Annual returns of the Patna Lunatic Asylum at Bankipore in Bihar and Orissa - 1912-1924
Year: 1912
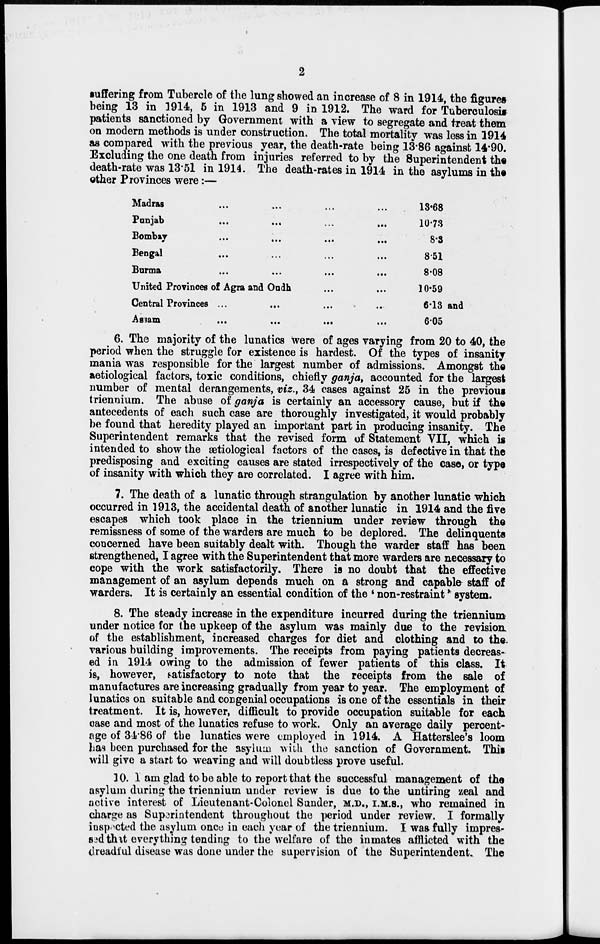
2
suffering from Tubercle of the lung showed an increase of 8 in 1914, the figures
being 13 in 1914, 5 in 1913 and 9 in 1912. The ward for Tuberculosis
patients sanctioned by Government with a view to segregate and treat them
on modern methods is under construction. The total mortality was less in 1914
as compared with the previous year, the death-rate being 13.86 against 14.90.
Excluding the one death from injuries referred to by the Superintendent the
death-rate was 13.51 in 1914. The death-rates in 1914 in the asylums in the
other Provinces were:—
Madras ... ... ... ...
Punjab
...
...
...
...
Bombay ... ... ... ...
Bengal ... ... ... ...
Burma
...
...
...
...
United Provinces of Agra and Oudh ... ... ...
Central Provinces ... ... ... ...
Assam
...
...
...
...
13.68
10.73
8.3
8.51
8.08
10.59
6.13 and
6.05
6. The majority of the lunatics were of ages varying from 20 to 40, the
period when the struggle for existence is hardest. Of the types of insanity
mania was responsible for the largest number of admissions. Amongst the
aetiological factors, toxic conditions, chiefly ganja, accounted for the largest
number of mental derangements, viz., 34 cases against 25 in the previous
triennium. The abuse of ganja is certainly an accessory cause, but if the
antecedents of each such case are thoroughly investigated, it would probably
be found that heredity played an important part in producing insanity. The
Superintendent remarks that the revised form of Statement VII, which is
intended to show the ætiological factors of the cases, is defective in that the
predisposing and exciting causes are stated irrespectively of the case, or type
of insanity with which they are correlated. I agree with him.
7. The death of a lunatic through strangulation by another lunatic which
occurred in 1913, the accidental death of another lunatic in 1914 and the five
escapes which took place in the triennium under review through the
remissness of some of the warders are much to be deplored. The delinquents
concerned have been suitably dealt with. Though the warder staff has been
strengthened, I agree with the Superintendent that more warders are necessary to
cope with the work satisfactorily. There is no doubt that the effective
management of an asylum depends much on a strong and capable staff of
warders. It is certainly an essential condition of the ' non-restraint system.
8. The steady increase in the expenditure incurred during the triennium
under notice for the upkeep of the asylum was mainly due to the revision
of the establishment, increased charges for diet and clothing and to the
various building improvements. The receipts from paying patients decreas-
ed in 1914 owing to the admission of fewer patients of this class. It
is, however, satisfactory to note that the receipts from the sale of
manufactures are increasing gradually from year to year. The employment of
lunatics on suitable and congenial occupations is one of the essentials in their
treatment. It is, however, difficult to provide occupation suitable for each
case and most of the lunatics refuse to work. Only an average daily percent-
age of 34.86 of the lunatics were employed in 1914. A Hatterslee's loom
has been purchased for the asylum with the sanction of Government. This
will give a start to weaving and will doubtless prove useful.
10. I am glad to be able to report that the successful management of the
asylum during the triennium under review is due to the untiring zeal and
active interest of Lieutenant-Colonel Sunder, M.D., I.M.S., who remained in
charge as Superintendent throughout the period under review. I formally
inspected the asylum once in each year of the triennium. I was fully impres-
sed that everything tending to the welfare of the inmates afflicted with the
dreadful disease was done under the supervision of the Superintendent. The